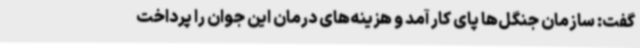
گفت: سازمان جنگل‌ها پای کار آمد و هزینه‌های درمان این جوان را پرداخت